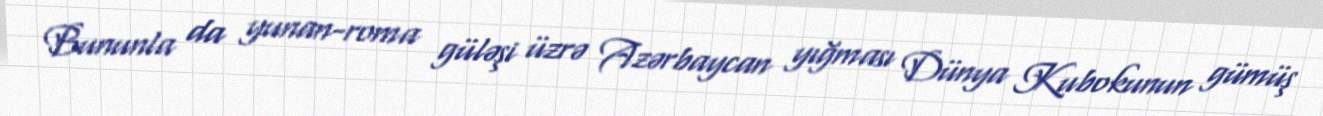
Bununla da yunan-roma güləşi üzrə Azərbaycan yığması Dünya Kubokunun gümüş